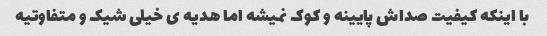
با اینکه کیفیت صداش پایینه و کوک نمیشه اما هدیه ی خیلی شیک و متفاوتیه